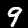
Label: 9